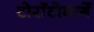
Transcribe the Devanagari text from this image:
टोराँटोमार्गे